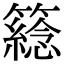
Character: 𥵮